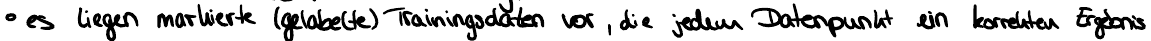
es liegen markierte (gelabelte) Trainingsdaten vor, die jedem Datenpunkt ein korrektes Ergebnis